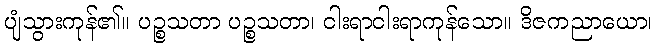
ပျံသွားကုန်၏။ ပဉ္စသတာ ပဉ္စသတာ၊ ငါးရာငါးရာကုန်သော။ ဒိဇကညာယော၊